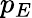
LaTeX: p_{E}